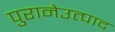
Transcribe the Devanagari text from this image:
पुरानेउत्पाद